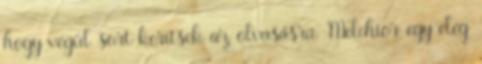
hogy végül sort kerítsek az olvasásra. Melchior egy elég